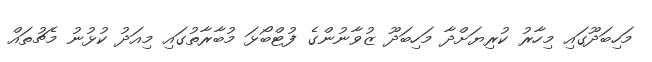
މަހިބަދޫގައި މިހާރު ކުރިޔަށްދާ މަހިބަދޫ ޒުވާނުންގެ ފުޓްބޯޅަ މުބާރާތުގައި މިއަދު ކުޅުނު މެޗުތައް